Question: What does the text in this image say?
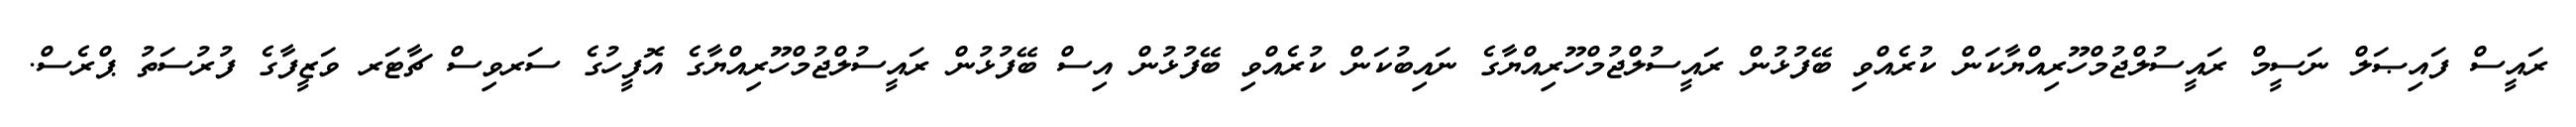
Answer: ރައީސް ފައިޞަލް ނަސީމް ރައީސުލްޖުމްހޫރިއްޔާކަން ކުރެއްވި ބޭފުޅުން ރައީސުލްޖުމްހޫރިއްޔާގެ ނައިބުކަން ކުރެއްވި ބޭފުޅުން އިސް ބޭފުޅުން ރައީސުލްޖުމްހޫރިއްޔާގެ އޮފީހުގެ ސަރވިސް ޗާޓަރ ވަޒީފާގެ ފުރުސަތު ޕްރެސް.